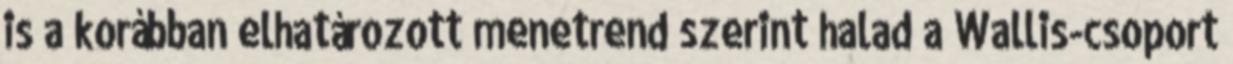
is a korábban elhatározott menetrend szerint halad a Wallis-csoport